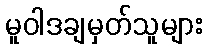
မူဝါဒချမှတ်သူများ